Sanitation, dispensaries and jails vaccination Rajputana 1922-1927 - 1922-1927
Year: 1922
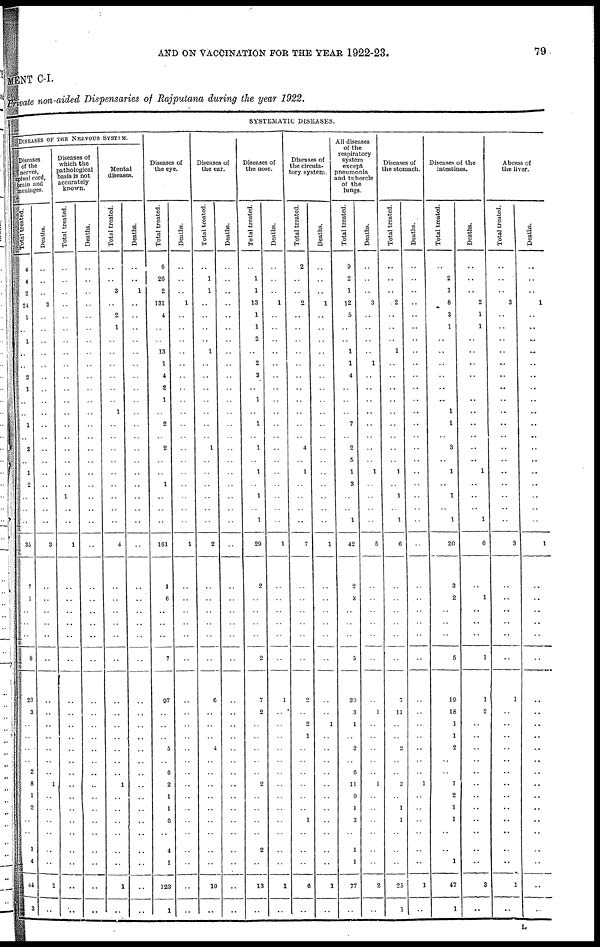
AND ON VACCINATION FOR THE YEAR 1922-23.
79
MENT C-I.
Private non-aided Dispensaries of Rajputana during the year 1922.
SYSTEMATIC DISEASES.
DISEASES OF THE NERVOUS
SYSTEM.
Diseases
of the
nerves,
spinal cord,
brain and
meninges.
Total treated.
4
4
2
24
1
..
1
..
..
2
1
..
..
1
..
2
..
1
2
..
..
..
35
7
1
..
..
..
8
23
3
..
..
..
..
2
8
1
2
..
..
1
4
44
3
Deaths.
..
..
..
3
..
..
..
..
..
..
..
..
..
..
..
..
..
..
..
..
..
..
3
..
..
..
..
..
..
..
..
..
..
..
..
..
1
..
..
..
..
..
..
1
..
Diseases of
which the
pathological
basis is not
accurately
known.
Total treated.
..
..
..
..
..
..
..
..
..
..
..
..
..
..
..
..
..
..
..
1
..
..
1
..
..
..
..
..
..
..
..
..
..
..
..
..
..
..
..
..
..
..
..
..
..
Deaths.
..
..
..
..
..
..
..
..
..
..
..
..
..
..
..
..
..
..
..
..
..
..
..
..
..
..
..
..
..
..
..
..
..
..
..
..
..
..
..
..
..
..
..
..
..
Mental
diseases.
Total treated.
..
..
3
..
2
1
..
..
..
..
..
..
1
..
..
..
..
..
..
..
..
..
4
..
..
..
..
..
..
..
..
..
..
..
..
..
1
..
..
..
..
..
..
1
..
Deaths.
..
..
1
..
..
..
..
..
..
..
..
..
..
..
..
..
..
..
..
..
..
..
..
..
..
..
..
..
..
..
..
..
..
..
..
..
..
..
..
..
..
..
..
..
..
Diseases of
the eye.
Total treated.
6
26
2
131
4
..
..
13
1
4
2
1
..
2
..
2
..
..
1
..
..
..
161
1
6
..
..
..
7
97
..
..
..
5
..
6
2
1
1
6
..
4
1
123
1
Deaths.
..
..
..
1
..
..
..
..
..
..
..
..
..
..
..
..
..
..
..
..
..
..
1
..
..
..
..
..
..
..
..
..
..
..
..
..
..
..
..
..
..
..
..
..
..
Diseases of
the ear.
Total treated.
..
1
1
..
..
..
..
1
..
..
..
..
..
..
..
1
..
..
..
..
..
..
2
..
..
..
..
..
..
6
..
..
..
4
..
..
..
..
..
..
..
..
..
10
..
Deaths.
..
..
..
..
..
..
..
..
..
..
..
..
..
..
..
..
..
..
..
..
..
..
..
..
..
..
..
..
..
..
..
..
..
..
..
..
..
..
..
..
..
..
..
..
..
Diseases of
the nose.
Total treated.
..
1
1
13
1
1
3
..
2
3
..
1
..
1
..
1
..
1
..
1
..
1
29
2
..
..
..
..
2
7
2
..
..
..
..
..
2
..
..
..
..
2
..
13
..
Deaths.
..
..
..
1
..
..
..
..
..
..
..
..
..
..
..
..
..
..
..
..
..
..
1
..
..
..
..
..
..
1
..
..
..
..
..
..
..
..
..
..
..
..
..
1
..
Diseases of
the circula-
tory system.
Total treated.
2
..
..
2
..
..
..
..
..
..
..
..
..
..
..
4
..
1
..
..
..
..
7
..
..
..
..
..
..
..
..
2
1
..
..
..
..
..
..
1
..
..
..
6
..
Deaths.
..
..
..
1
..
..
..
..
..
..
..
..
..
..
..
..
..
..
..
..
..
..
1
..
..
..
..
..
..
..
..
1
..
..
..
..
..
..
..
..
..
..
..
1
..
All diseases
of the
respiratory
system
except
pneumonia
and tubercle
of the
lungs.
Total treated.
9
2
1
12
5
..
..
1
1
4
..
..
..
7
..
2
5
1
3
..
..
1
42
2
3
..
..
..
5
39
3
1
..
2
..
6
11
9
1
3
..
1
1
77
..
Deaths.
..
..
..
3
..
..
..
..
1
..
..
..
..
..
..
..
..
1
..
..
..
..
5
..
..
..
..
..
..
..
1
..
..
..
..
..
1
..
..
..
..
..
..
2
..
Diseases of
the stomach.
Total treated.
..
..
..
2
..
..
..
1
..
..
..
..
..
..
..
..
..
1
..
1
..
1
6
..
..
..
..
..
..
..
11
..
..
2
..
..
3
..
1
1
..
..
..
25
1
Deaths.
..
..
..
..
..
..
..
..
..
..
..
..
..
..
..
..
..
..
..
..
..
..
..
..
..
..
..
..
..
..
..
..
..
..
..
..
1
..
..
..
..
..
..
1
..
Diseases of the
intestines.
Total treated.
..
2
1
8
3
1
..
..
..
..
..
..
1
1
..
3
..
1
..
1
..
1
20
3
2
..
..
..
5
19
18
1
1
2
..
..
1
2
1
1
..
..
1
47
1
Deaths.
..
..
..
2
1
1
..
..
..
..
..
..
..
..
..
..
..
1
..
..
..
1
6
..
1
..
..
..
1
1
2
..
..
..
..
..
..
..
..
..
..
..
..
3
..
Abcess of
the liver.
Total treated.
..
..
..
3
..
..
..
..
..
..
..
..
..
..
..
..
..
..
..
..
..
..
3
..
..
..
..
..
..
1
..
..
..
..
..
..
..
..
..
..
..
..
..
1
..
Deaths.
..
..
..
1
..
..
..
..
..
..
..
..
..
..
..
..
..
..
..
..
..
..
1
..
..
..
..
..
..
..
..
..
..
..
..
..
..
..
..
..
..
..
..
..
..
L